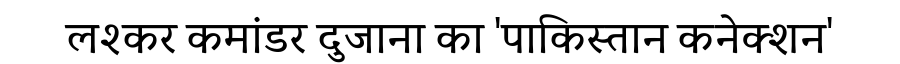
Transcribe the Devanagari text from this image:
लश्कर कमांडर दुजाना का 'पाकिस्तान कनेक्शन'